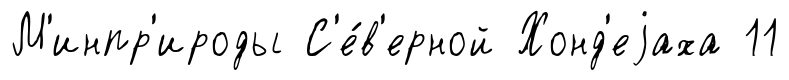
М'инпр'ироды С'е́в'ерной Хонд'еjаха 11